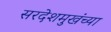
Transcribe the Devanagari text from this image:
सरदेशमुखंच्या